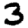
Digit: 3